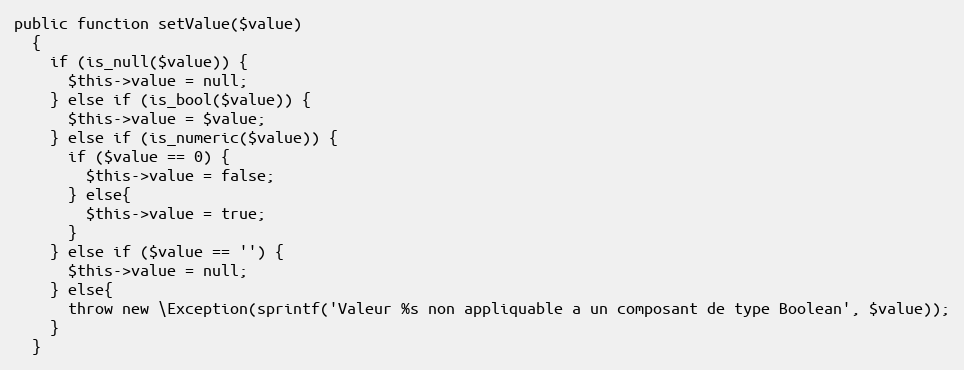
Language: PHP
public function setValue($value)
  {
    if (is_null($value)) {
      $this->value = null;
    } else if (is_bool($value)) {
      $this->value = $value;
    } else if (is_numeric($value)) {
      if ($value == 0) {
        $this->value = false;
      } else{
        $this->value = true;
      }
    } else if ($value == '') {
      $this->value = null;
    } else{
      throw new \Exception(sprintf('Valeur %s non appliquable a un composant de type Boolean', $value));
    }
  }